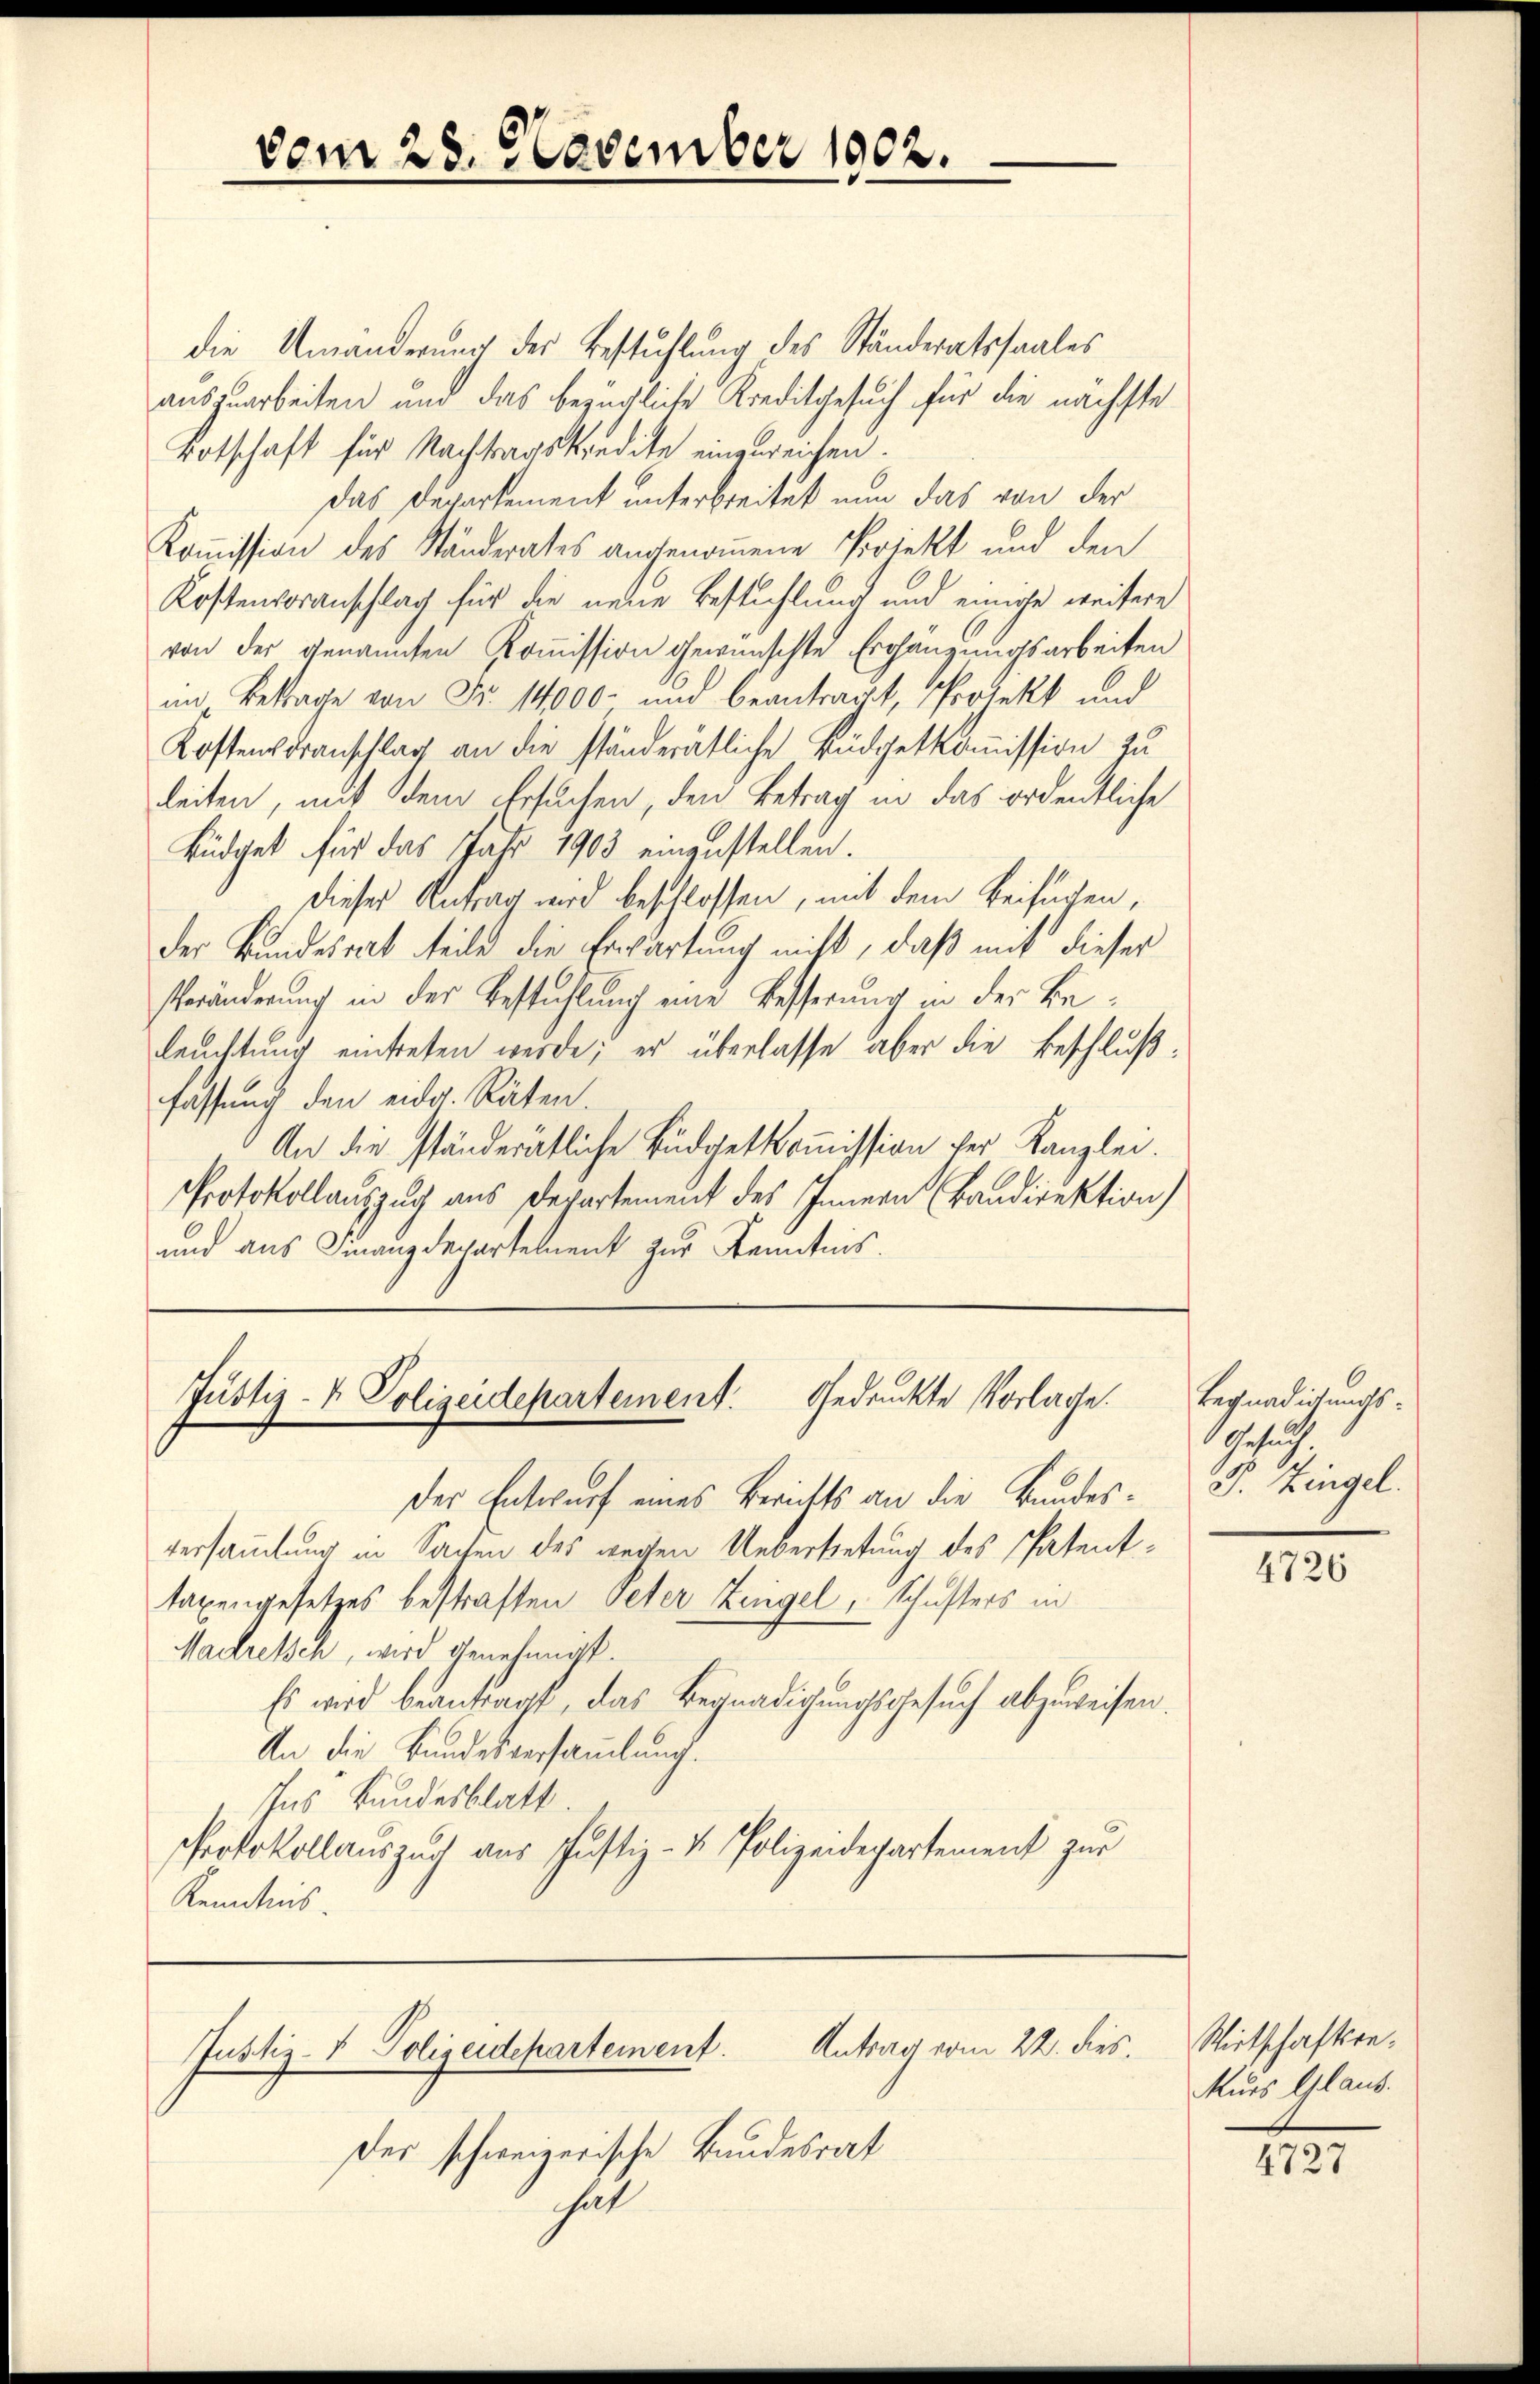
vom 28. November 1902.

die Umänderung der Bestuhlung des Ständeratssaales
auszuarbeiten und das bezügliche Kreditgesuch für die nächste
Totschaft für Nachtragskredite eingereichen.
Das Departement unterbreitet nun das von der
Kommission des Ständerates angenommene Priekt und den
Kostenvoranschlag für die neue Bestühlung und einige weitere
von der genannten Kommission gewünschte Ergänzungsarbeiten
im Betrage von Fr. 14000 und beantragt, Projekt und
Kostenvoranschlag an die ständerätliche Büdgetkommission zu
leiten, mit dem Ersuchen, den Betrag in das ordentliche
Büdget für das Jahr 1903 einzustellen.
dieses Antrag wird beschlossen, mit dem Beifügen,
der Bundesrat teile die Erwartung nicht, daß mit dieser
Veränderung in der Bestühlung eine Besserung in der Beleuchtung eintreten werde; er überlasse aber die Beschlußfassung den eidg. Räten.
An die ständerätliche Büdgetkoṁission der Kanzlei.
Protokollauszug aus Departement des Innern Bandirektion)
und aus Finanzdepartement zur Kenntnis.

Justiz- & Polizeidepartement. Gedruckte Vorlage.

der Entwurf eines Berichts an die Bundesversammlung in Sachen des wegen Uebertretung des Patenttaxengesetzes bestraften Peter Zeigel, Schusters in
Madressch, wird genehmigt.
Es wird beantragt, das Begnadigungsgesuch abzuweisen.
An die Bundesversammlung.
Ins Bundesblatt.
Protokollauszug aus Justiz- & Polizeidepartement zur
Kenntnis.

Justiz- & Polizeidepartement. Antrag vom 22. dies

Der schweizerische Bundesrat
he

Begnadigungs¬
Ansuch.
J. Zingel.

4726

Wirtschaftsre¬
Murs Glaub.

4727